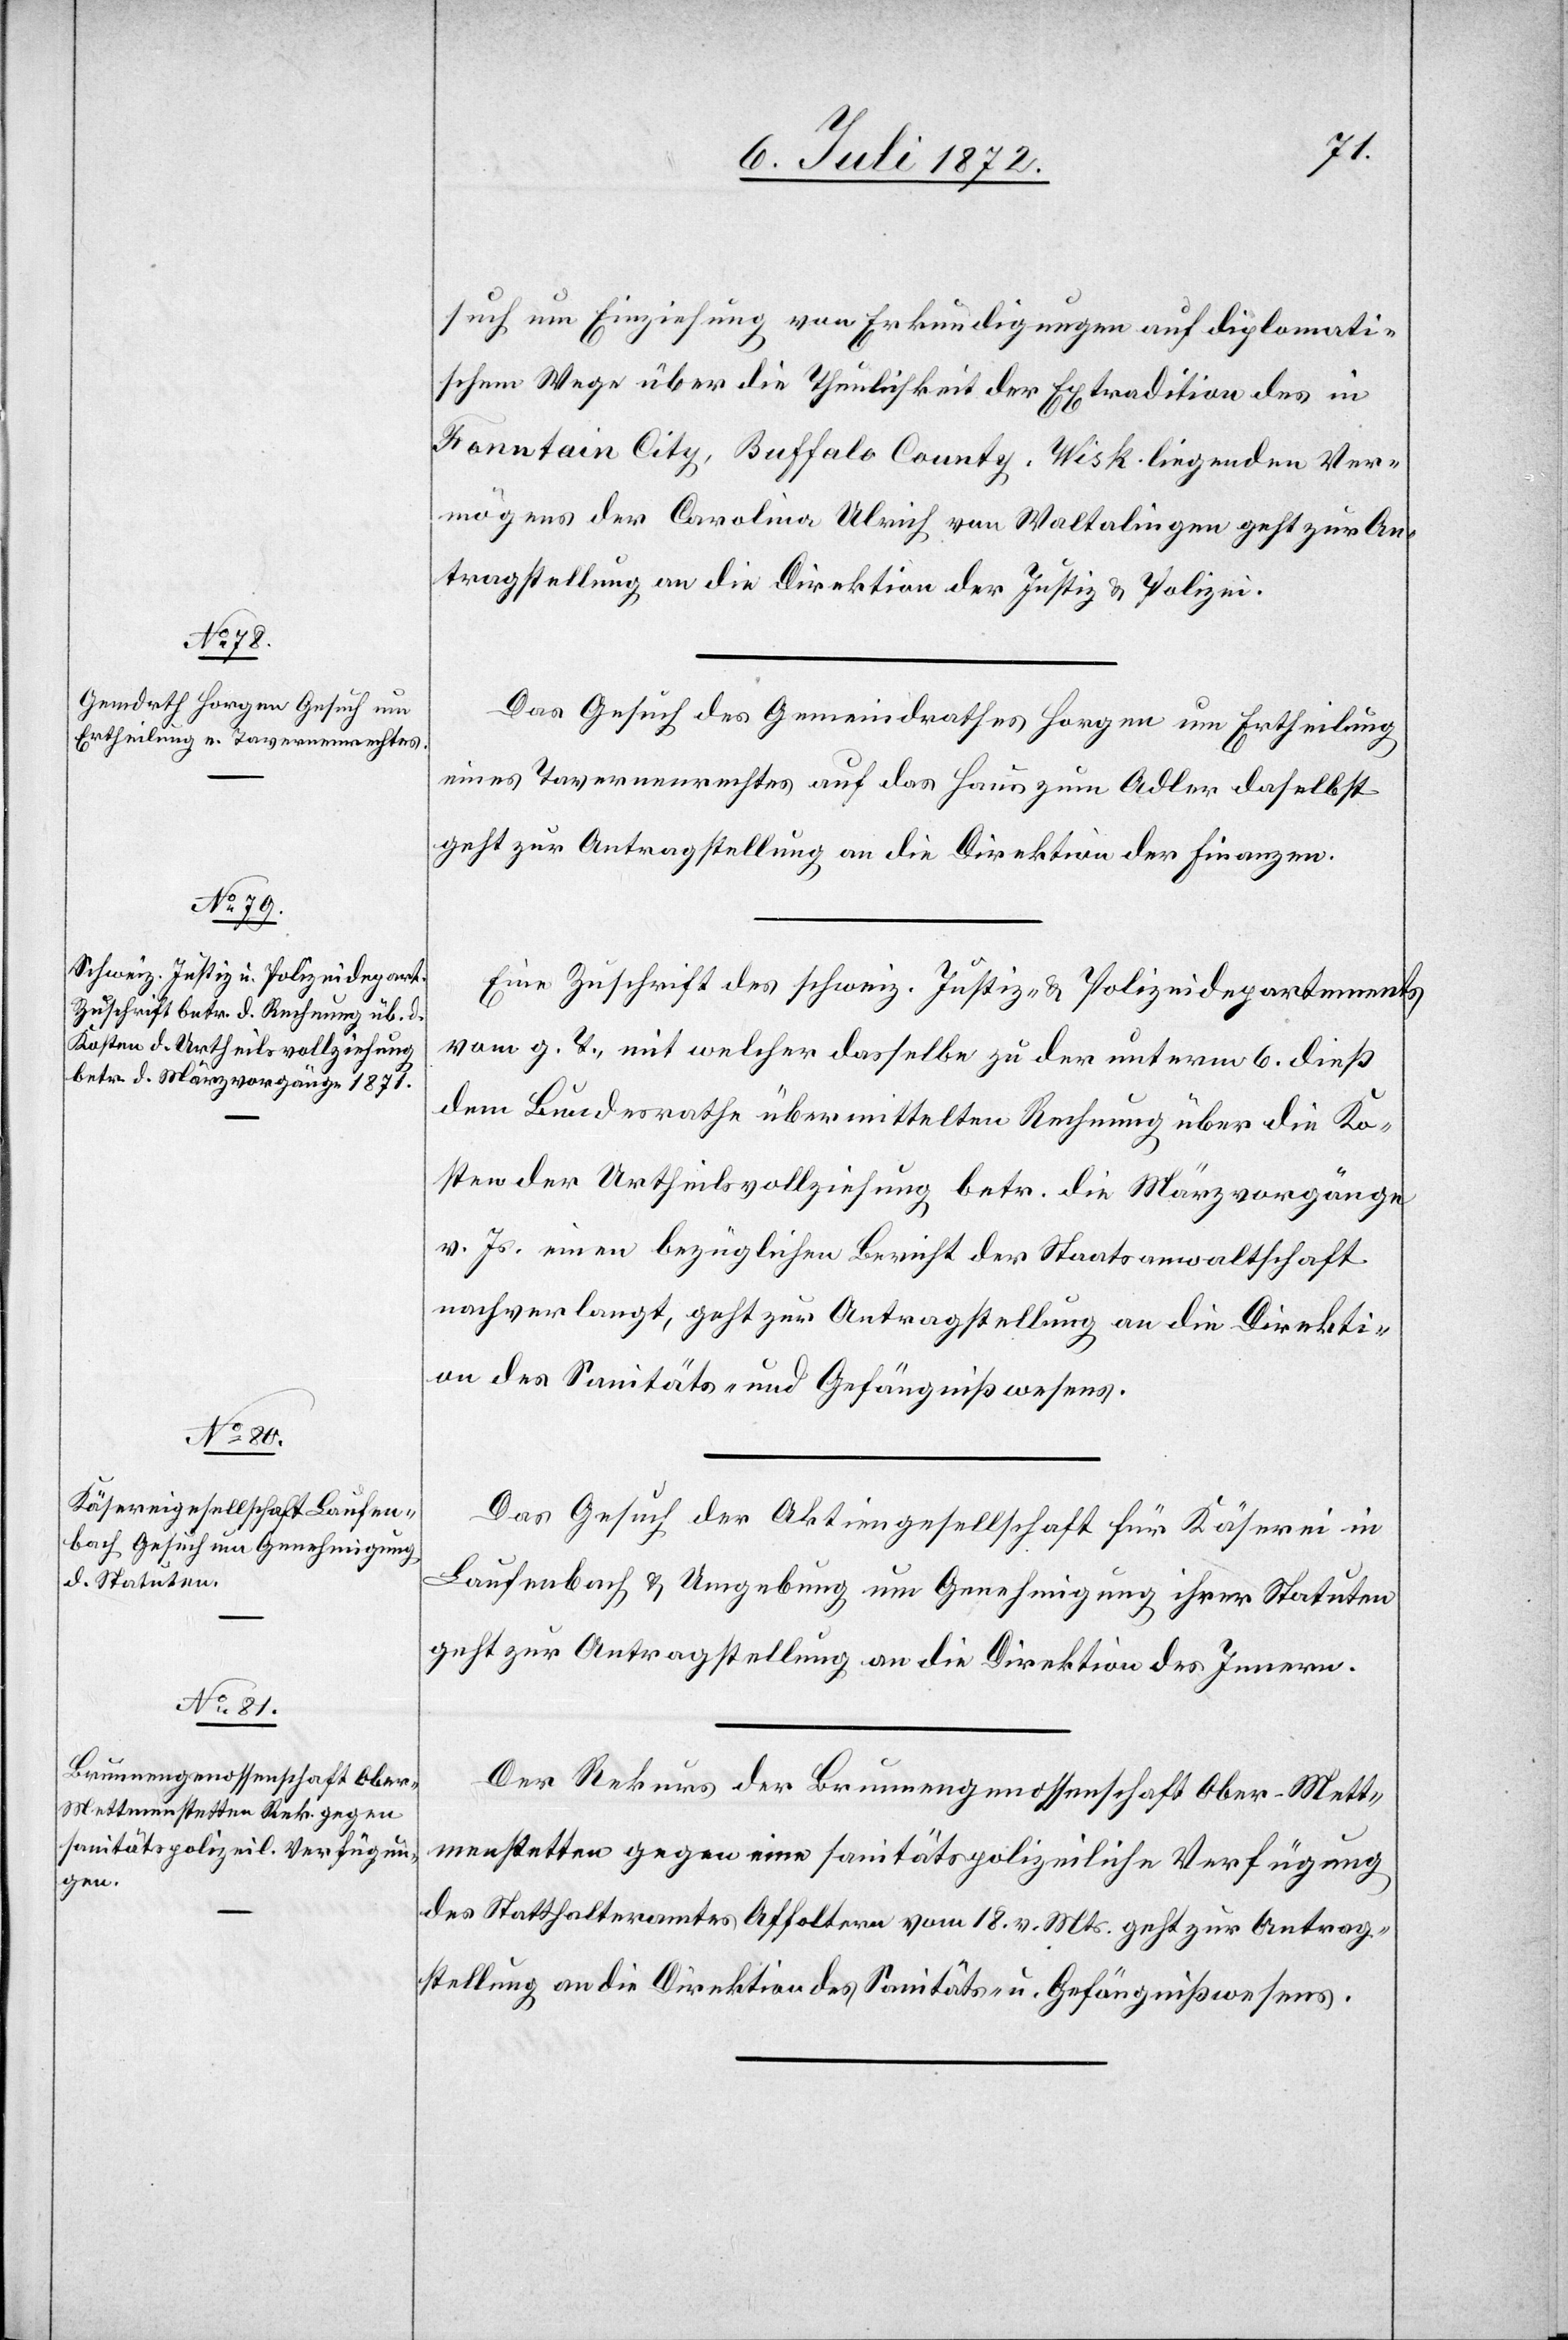
12. Juli 1872.]
such um Einziehung von Erkundigungen auf diplomati¬
schem Wege über die Thunlichkeit der Extradition des in
Fountain City, Buffalo County [Wiskonsin] liegenden Ver¬
mögens der Carolina Ulrich von Waltalingen geht zur An¬
tragstellung an die Direktion der Justiz u. Polizei.
Das Gesuch des Gemeindrathes Horgen um Ertheilung
eines Tavernenrechtes auf das Haus zum Adler daselbst
geht zur Antragstellung an die Direktion der Finanzen.
Eine Zuschrift des schweiz. Justiz- u. Polizeidepartements
vom g. T., mit welcher dasselbe zu der unterm 6. dieß
dem Bundesrathe übermittelten Rechnung über die Ko¬
sten der Urtheilsvollziehung betr. die Märzvorgänge
v. Js. einen bezüglichen Bericht der Staatsanwaltschaft
nachverlangt, geht zur Antragstellung an die Direkti¬
on des Sanitäts- und Gefängnißwesens.
Das Gesuch der Aktiengesellschaft für Käserei in
Laufenbach u. Umgebung um Genehmigung ihrer Stauten
geht zur Antragstellung an die Direktion des Innern.
Der Rekurs der Brunnengenossenschaft Ober-Mett¬
menstetten gegen eine sanitätspolizeiliche Verfügung
des Statthalteramtes Affoltern vom 18. v. Mts. geht zur Antrag¬
stellung an die Direktion des Sanitäts- u. Gefängnißwesens.